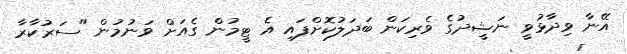
އޭނާ ވިދާޅުވީ ނަޝީދުގެ ވެރިކަން ބަދަލުކޮށްފައި އެ ޓީމުން ގެއަށް ވަނުމުން "ސަރުކާރާ